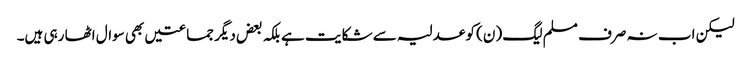
لیکن اب نہ صرف مسلم لیگ (ن) کو عدلیہ سے شکایت ہے بلکہ بعض دیگر جماعتیں بھی سوال اٹھا رہی ہیں۔